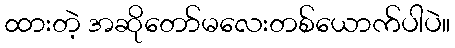
ထားတဲ့ အဆိုတော်မလေးတစ်ယောက်ပါပဲ။